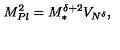
M _ { P l } ^ { 2 } = M _ { \ast } ^ { \delta + 2 } V _ { N ^ { \delta } } ,